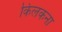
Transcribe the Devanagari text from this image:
किलकना